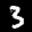
Label: 3